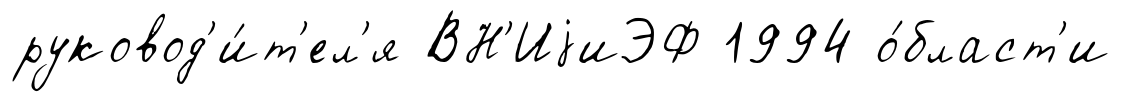
руковод'и́т'ел'я ВН'ИjиЭФ 1994 о́бласт'и